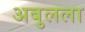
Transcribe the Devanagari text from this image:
अबुलला